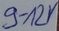
Text: 9-12V